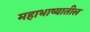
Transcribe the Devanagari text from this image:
महाभाष्यातील